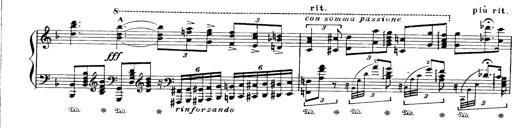
Title: Paraphrase de concert sur Ernani II
Composer: Franz Liszt